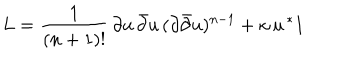
L = \frac { 1 } { ( n + 1 ) ! } \, \partial u \, \bar { \partial } u \, ( \partial \bar { \partial } u ) ^ { n - 1 } + \kappa \, u \, ^ { * } 1